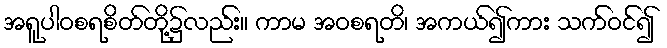
အရူပါဝစရစိတ်တို့၌လည်း။ ကာမ အဝစရတိ၊ အကယ်၍ကား သက်ဝင်၍